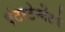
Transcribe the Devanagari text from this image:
एंटरटेन्मेंटचे